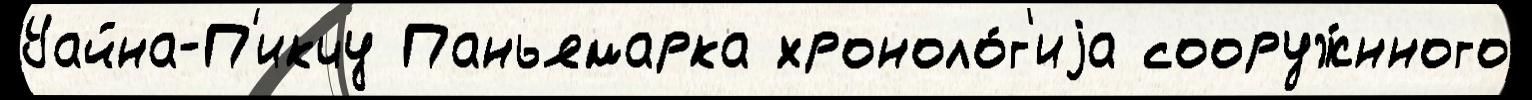
Уайна-П'икчу Паньямарка хроноло́г'иjа сооруж́нного